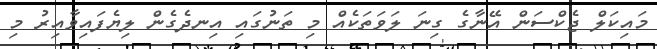
މައިކަލް ޖެކްސަން އޭނާގެ ގިނަ ލަވަތަކެއް މި ތަނުގައި އިނދެގެން ލިޔެފައިވާއިރު މި